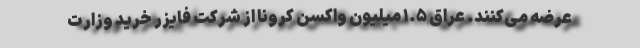
عرضه می‌کنند. عراق ۱.۵ میلیون واکسن کرونا از شرکت فایزر خرید وزارت